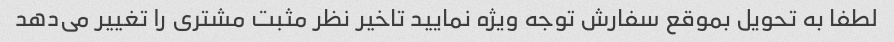
لطفا به تحویل بموقع سفارش توجه ویژه نمایید تاخیر نظر مثبت مشتری را تغییر می‌دهد